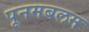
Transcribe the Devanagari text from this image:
पूनमबलम